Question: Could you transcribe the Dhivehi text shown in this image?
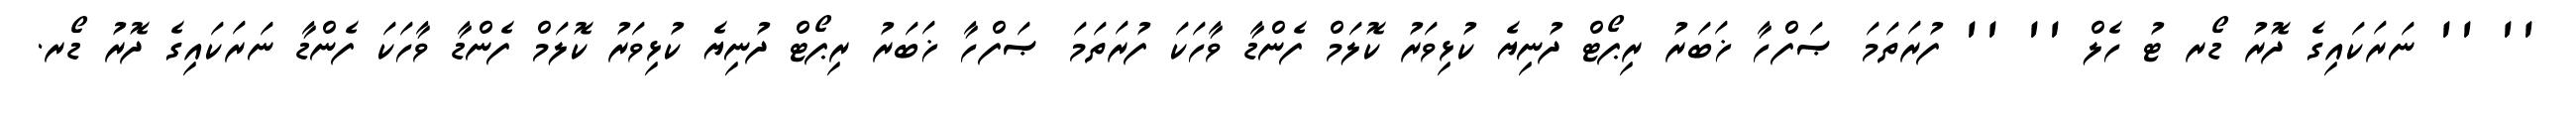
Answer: '' '' ނަރަކައިގެ ދޮރު ޑޯރ ޓު ހެލް '' '' ފުރަތަމަ ޞަފްހާ ޚަބަރު ރިޕޯޓް ދުނިޔެ ކުޅިވަރު ކޮލަމް ފެންޑާ ވާހަކަ ފުރަތަމަ ޞަފްހާ ޚަބަރު ރިޕޯޓް ދުނިޔެ ކުޅިވަރު ކޮލަމް ފެންޑާ ވާހަކަ ފެންޑާ ނަރަކައިގެ ދޮރު ޑޯރ.